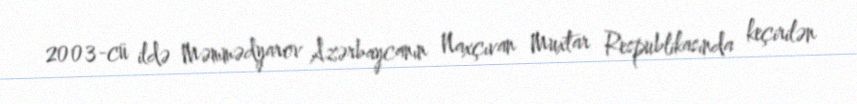
2003-cü ildə Məmmədyarov Azərbaycanın Naxçıvan Muxtar Respublikasında keçirilən